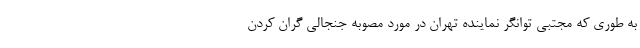
به طوری که مجتبی توانگر نماینده تهران در مورد مصوبه جنجالی گران کردن